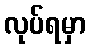
လုပ်ရမှာ